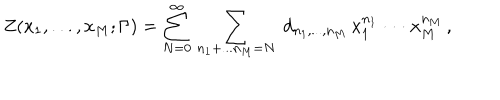
Z ( x _ { 1 } , . . . , x _ { M } ; \Gamma ) = \sum _ { N = 0 } ^ { \infty } \, \sum _ { n _ { 1 } + . . . n _ { M } = N } \; d _ { n _ { 1 } , . . . , n _ { M } } \, x _ { 1 } ^ { n _ { 1 } } \cdot \cdot \cdot x _ { M } ^ { n _ { M } } \, ,